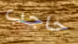
حاجب